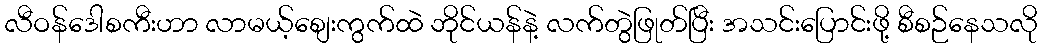
လီဝန်ဒေါစကီးဟာ လာမယ့်စျေးကွက်ထဲ ဘိုင်ယန်နဲ့ လက်တွဲဖြုတ်ပြီး အသင်းပြောင်းဖို့ စီစဉ်နေသလို